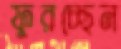
ফুরচ্ছেন